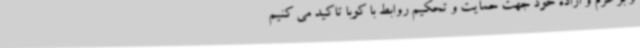
و بر عزم و اراده خود جهت حمایت و تحکیم روابط با کوبا تاکید می کنیم